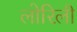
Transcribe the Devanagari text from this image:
लोरिली